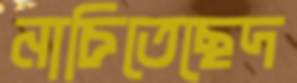
নাচিতেছেদ